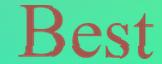
Best